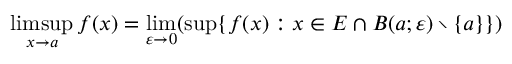
\operatorname* { l i m s u p } _ { x \to a } f ( x ) = \operatorname* { l i m } _ { \varepsilon \to 0 } ( \operatorname* { s u p } \{ f ( x ) : x \in E \cap B ( a ; \varepsilon ) \setminus \{ a \} \} )